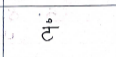
मजकूर: टं